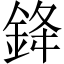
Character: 𨦟